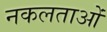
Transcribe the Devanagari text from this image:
नकलताओं